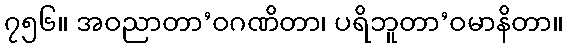
၇၅၆။ အဝညာတာ’ဝဂဏိတာ၊ ပရိဘူတာ’ဝမာနိတာ။